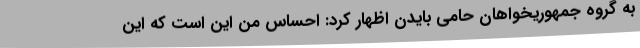
به گروه جمهوریخواهان حامی بایدن اظهار کرد: احساس من این است که این